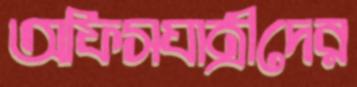
অফিসযাত্রীদের